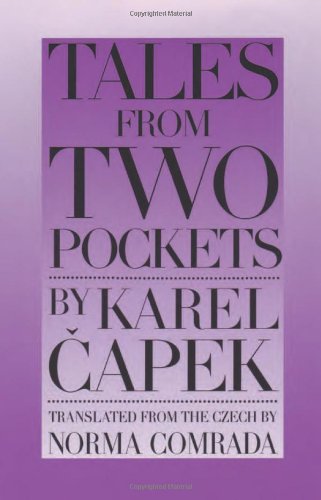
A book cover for Tales from Two Pockets; Karel Capek; Literature & Fiction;